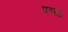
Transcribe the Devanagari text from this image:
पत्र्या